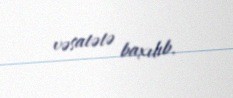
vəsatətə baxılıb.